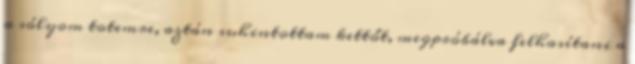
a sólyom totemre, aztán suhintottam kettőt, megpróbálva felhasítani a